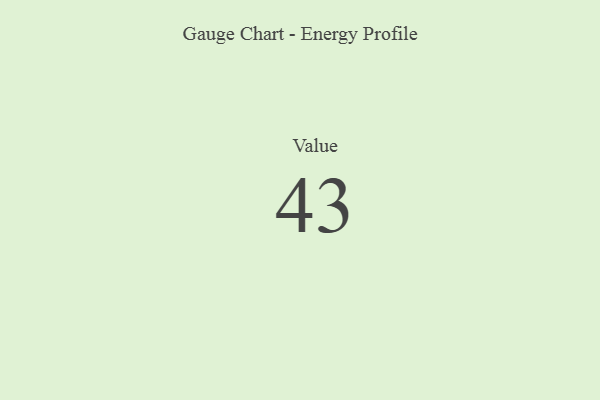
{"axis": {"x": "Metric", "y": "Value"}, "legend": [""], "data": [{"x": "Value", "y": 43, "type": ""}]}